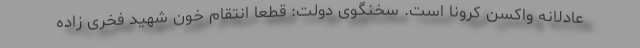
عادلانه واکسن کرونا است. سخنگوی دولت: قطعا انتقام خون شهید فخری زاده